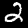
Digit: 2